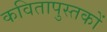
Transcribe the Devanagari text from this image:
कवितापुस्तकों